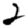
Digit: 2